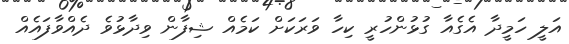
އަލީ ހަމީދާ އެގެއާ ގުޅުންހުރީ ކިހާ ވަރަކަށް ކަމެއް ޝިފާން ވިދާޅުވެ ދެއްވާފައެއް